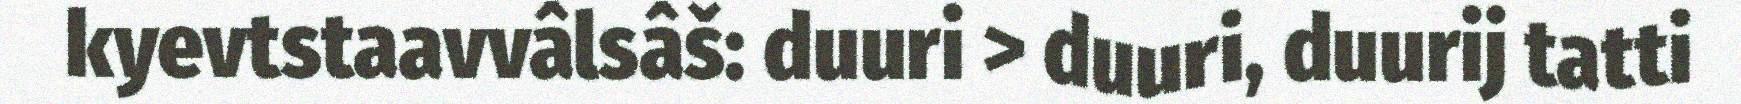
kyevtstaavvâlsâš: duuri > duuri, duurij tatti